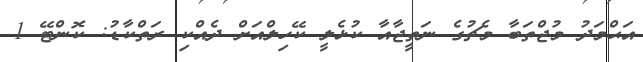
އަޙްމަދު މުޖްތަބާ މެޗުގެ ނަތީޖާއާ ކުޅެލީ ކޭހިލްއަށް ދެއްކި ރަތްކާޑު: ކޮންޓޭ 1